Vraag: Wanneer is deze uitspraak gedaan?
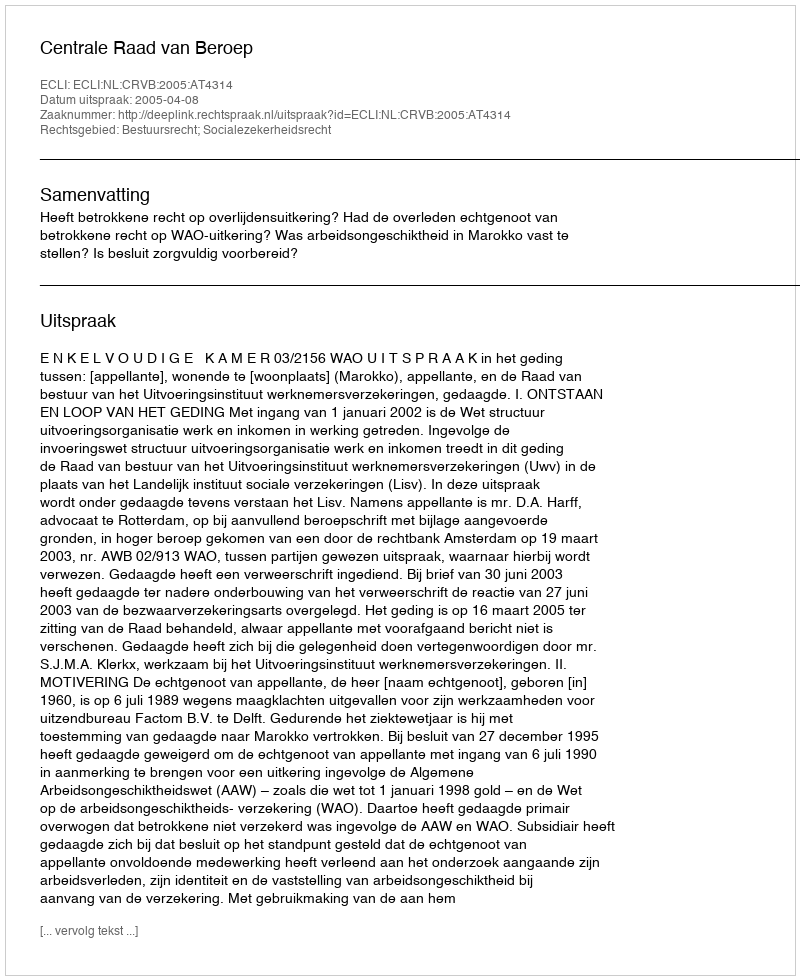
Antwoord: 2005-04-08